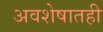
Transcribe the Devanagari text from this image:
अवशेषातही